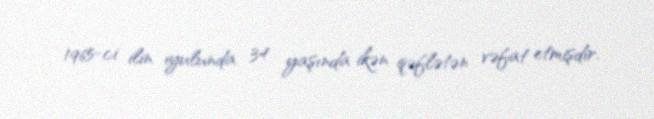
1965-ci ilin iyulunda 34 yaşında ikən qəflətən vəfat etmişdir.